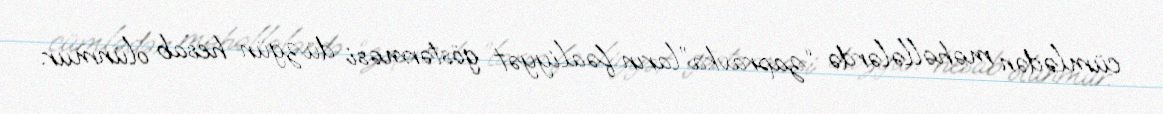
cümlədən məhəllələrdə “zapravka”ların fəaliyyət göstərməsi düzgün hesab olunmur.